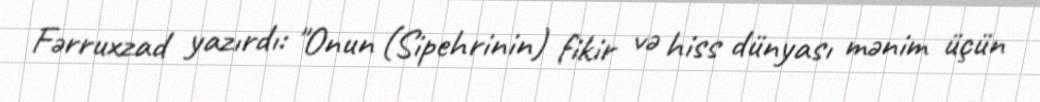
Fərruxzad yazırdı: "Onun (Sipehrinin) fikir və hiss dünyası mənim üçün